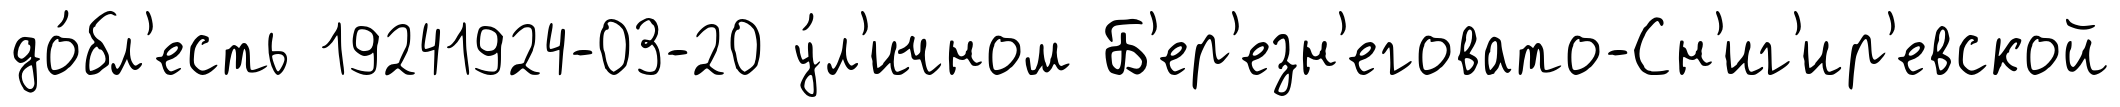
до́бл'есть 19241924-03-20 у́л'ичном Б'ер'езн'еговато-Сн'иг'ир'евской